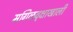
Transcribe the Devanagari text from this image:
मगिळवृक्षाखाली